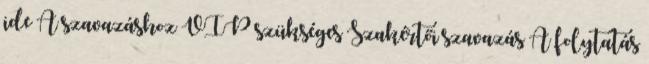
ide A szavazáshoz VIP szükséges Szakértői szavazás A folytatás